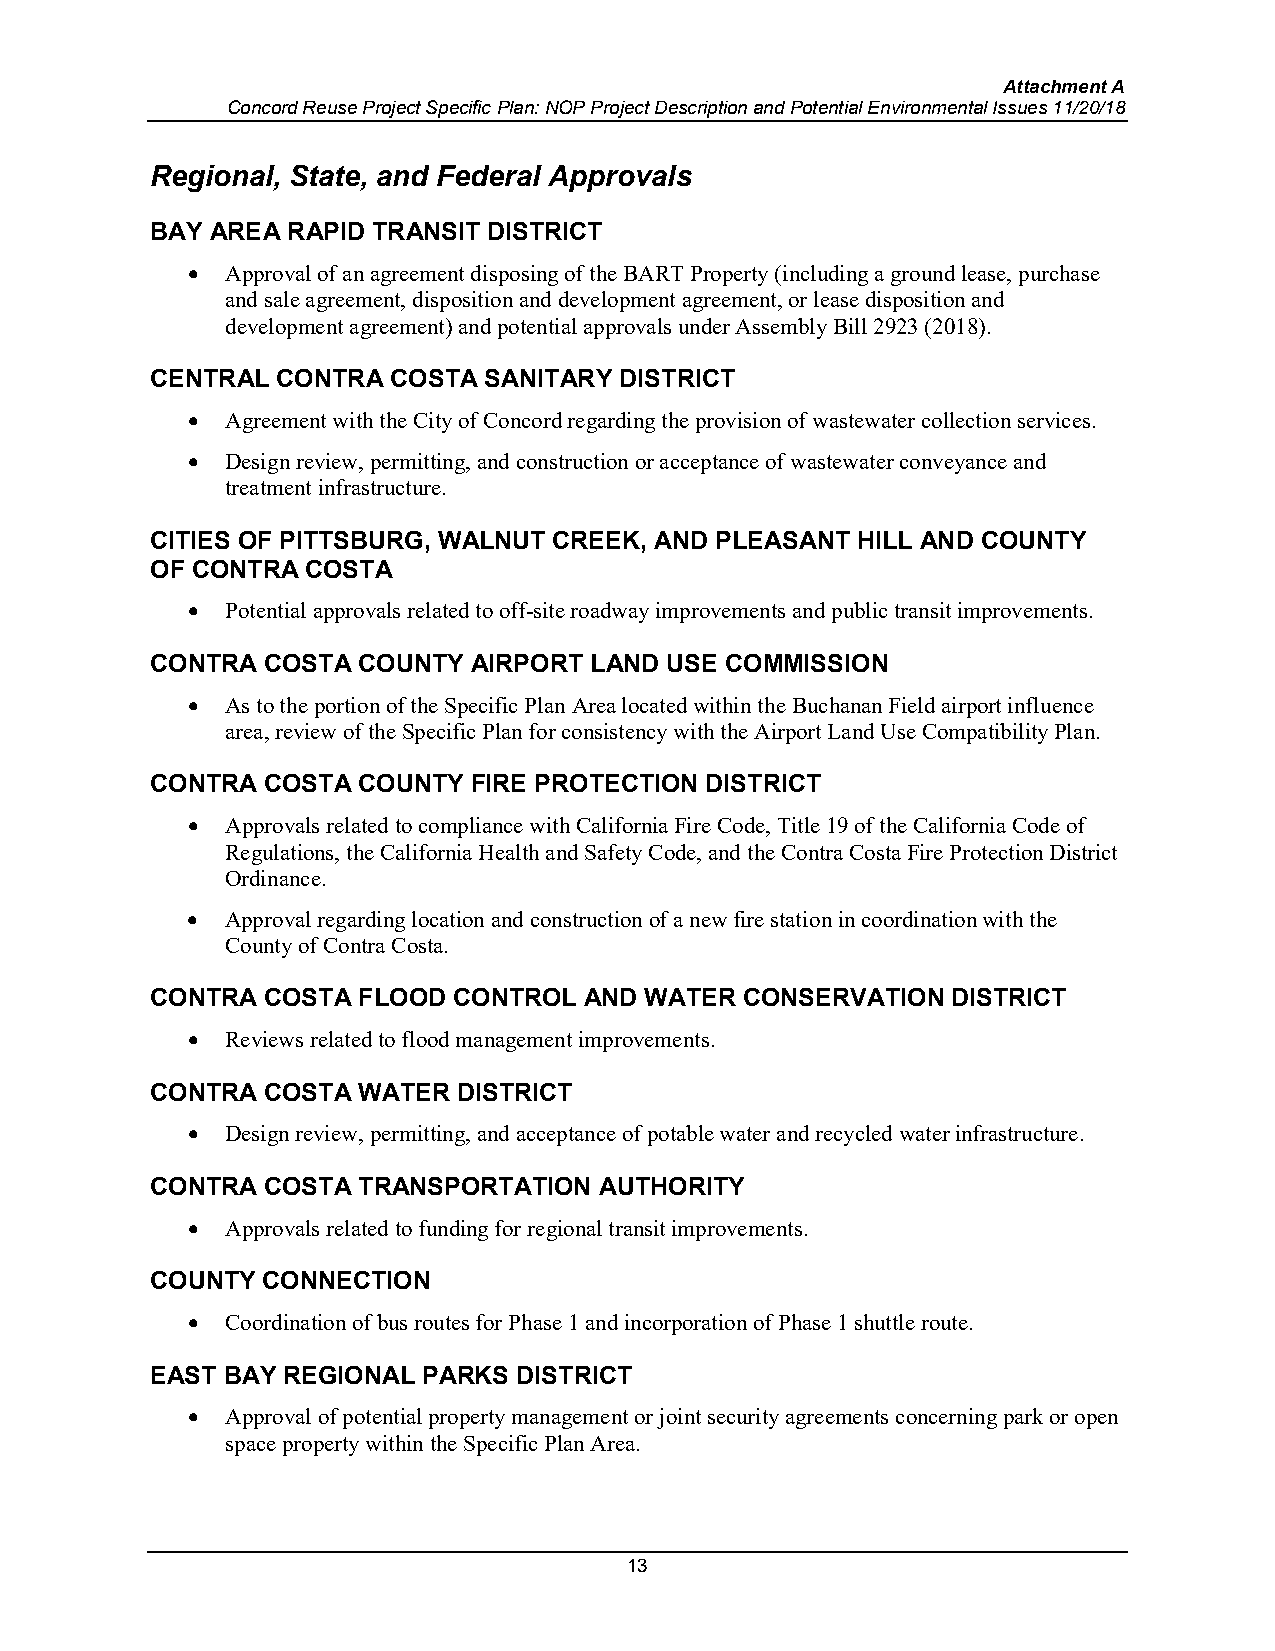
Attachment A
 Concord Reuse Project Specific Plan: NOP Project Description and Potential Environmental Issues 11/20/18
 Regional, State, and Federal Approvals
 BAY AREA RAPID TRANSIT DISTRICT
 •  Approval of an agreement disposing of the BART Property (including a ground lease, purchase
 and sale agreement, disposition and development agreement, or lease disposition and
 development agreement) and potential approvals under Assembly Bill 2923 (2018).
 CENTRAL CONTRA  COSTA SANITARY DISTRICT
 •  Agreement with the City of Concord regarding the provision of wastewater collection services.
 •  Design review, permitting, and construction or acceptance of wastewater conveyance and
 treatment infrastructure.
 CITIES OF PITTSBURG, WALNUT CREEK, AND PLEASANT HILL AND COUNTY
 OF CONTRA COSTA
 •  Potential approvals related to off-site roadway improvements and public transit improvements.
 CONTRA COSTA  COUNTY AIRPORT LAND USE COMMISSION
 •  As to the portion of the Specific Plan Area located within the Buchanan Field airport influence
 area, review of the Specific Plan for consistency with the Airport Land Use Compatibility Plan.
 CONTRA COSTA  COUNTY FIRE PROTECTION DISTRICT
 •  Approvals related to compliance with California Fire Code, Title 19 of the California Code of
 Regulations, the California Health and Safety Code, and the Contra Costa Fire Protection District
 Ordinance.
 •  Approval regarding location and construction of a new fire station in coordination with the
 County of Contra Costa.
 CONTRA COSTA  FLOOD CONTROL  AND WATER CONSERVATION  DISTRICT
 •  Reviews related to flood management improvements.
 CONTRA COSTA  WATER DISTRICT
 •  Design review, permitting, and acceptance of potable water and recycled water infrastructure.
 CONTRA COSTA  TRANSPORTATION  AUTHORITY
 •  Approvals related to funding for regional transit improvements.
 COUNTY CONNECTION
 •  Coordination of bus routes for Phase 1 and incorporation of Phase 1 shuttle route.
 EAST BAY REGIONAL PARKS DISTRICT
 •  Approval of potential property management or joint security agreements concerning park or open
 space property within the Specific Plan Area.
 13